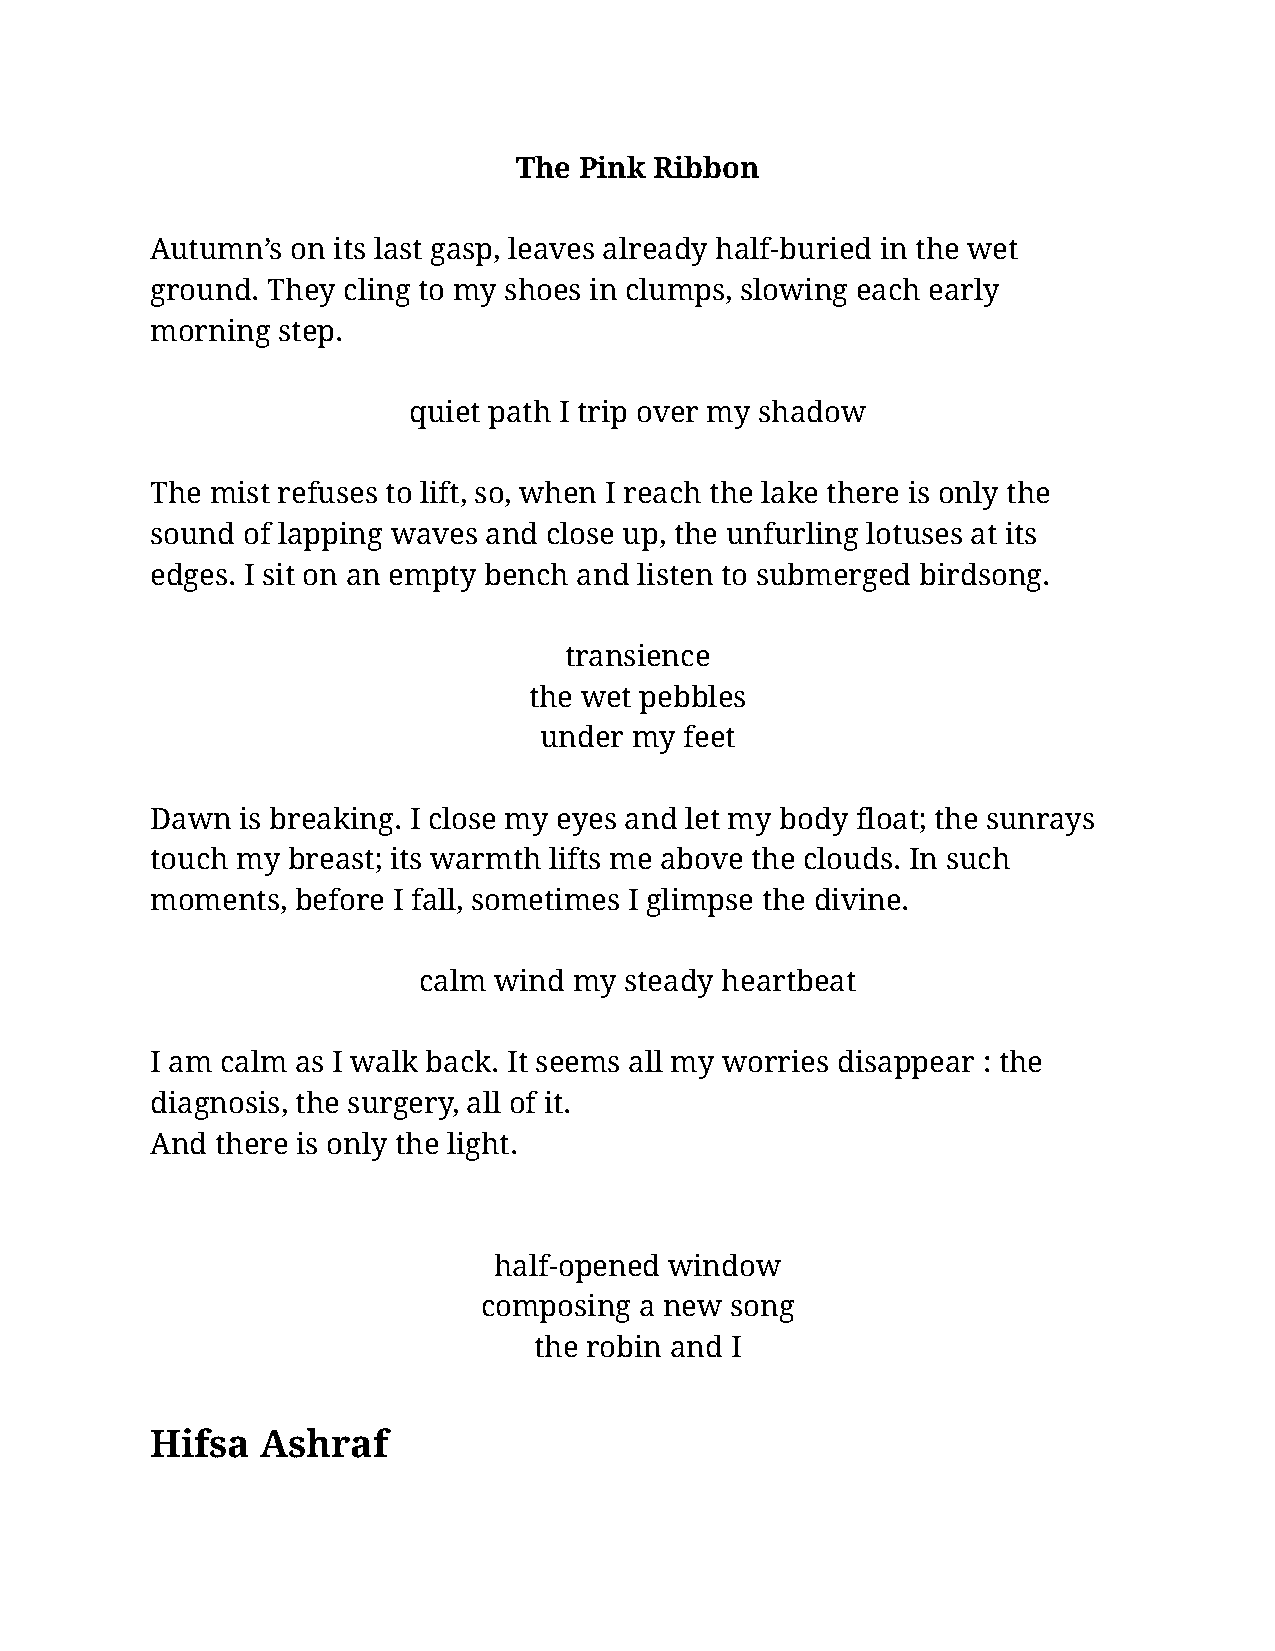
The Pink Ribbon
 Autumn’s on its last gasp, leaves already half-buried in the wet
 ground. They cling to my shoes in clumps, slowing each early
 morning step.
 quiet path I trip over my shadow
 The mist refuses to lift, so, when I reach the lake there is only the
 sound of lapping waves and close up, the unfurling lotuses at its
 edges. I sit on an empty bench and listen to submerged birdsong.
 transience
 the wet pebbles
 under my feet
 Dawn  is breaking. I close my eyes and let my body float; the sunrays
 touch my breast; its warmth lifts me above the clouds. In such
 moments,  before I fall, sometimes I glimpse the divine.
 calm wind my steady heartbeat
 I am calm as I walk back. It seems all my worries disappear : the
 diagnosis, the surgery, all of it.
 And there is only the light.
 half-opened window
 composing a new song
 the robin and I
 Hifsa  Ashraf